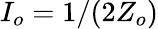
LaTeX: I_{o}=1/(2Z_{o})